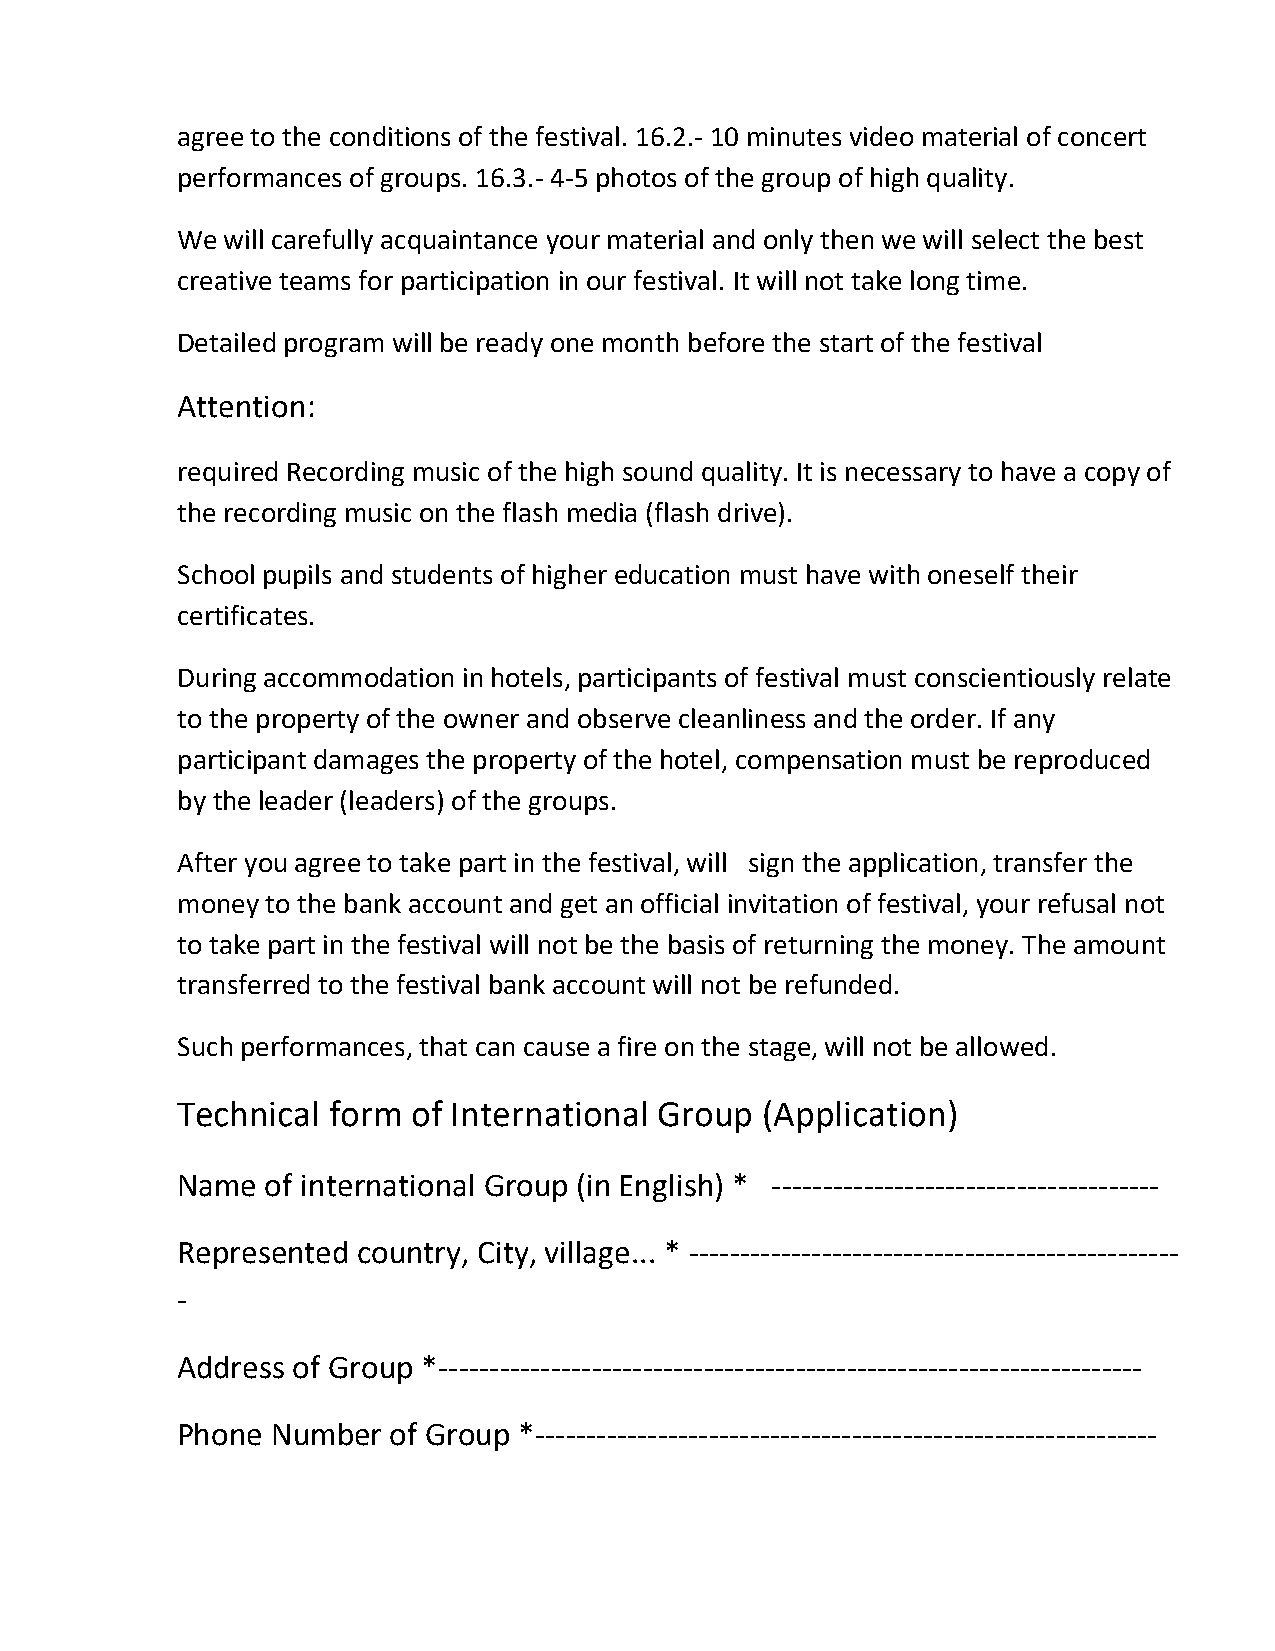
agree to the conditions of the festival. 16.2.- 10 minutes video material of concert
 performances of groups. 16.3.- 4-5 photos of the group of high quality.
 We will carefully acquaintance your material and only then we will select the best
 creative teams for participation in our festival. It will not take long time.
 Detailed program will be ready one month before the start of the festival
 Attention:
 required Recording music of the high sound quality. It is necessary to have a copy of
 the recording music on the flash media (flash drive).
 School pupils and students of higher education must have with oneself their
 certificates.
 During accommodation in hotels, participants of festival must conscientiously relate
 to the property of the owner and observe cleanliness and the order. If any
 participant damages the property of the hotel, compensation must be reproduced
 by the leader (leaders) of the groups.
 After you agree to take part in the festival, will sign the application, transfer the
 money to the bank account and get an official invitation of festival, your refusal not
 to take part in the festival will not be the basis of returning the money. The amount
 transferred to the festival bank account will not be refunded.
 Such performances, that can cause a fire on the stage, will not be allowed.
 Technical form of International Group (Application)
 Name  of international Group (in English) * --------------------------------------
 Represented country, City, village... * ------------------------------------------------
 -
 Address of Group *---------------------------------------------------------------------
 Phone Number  of Group *-------------------------------------------------------------